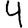
Digit: 4